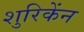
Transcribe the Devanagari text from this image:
शुरिकेंन